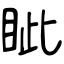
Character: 眦